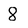
Character: 8